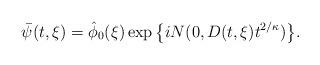
LaTeX: \begin{align*}\bar{\psi}(t,\xi)=\hat{\phi}_0(\xi)\exp\big\{iN(0,D(t,\xi)t^{{2}/{\kappa}})\big\}.\end{align*}